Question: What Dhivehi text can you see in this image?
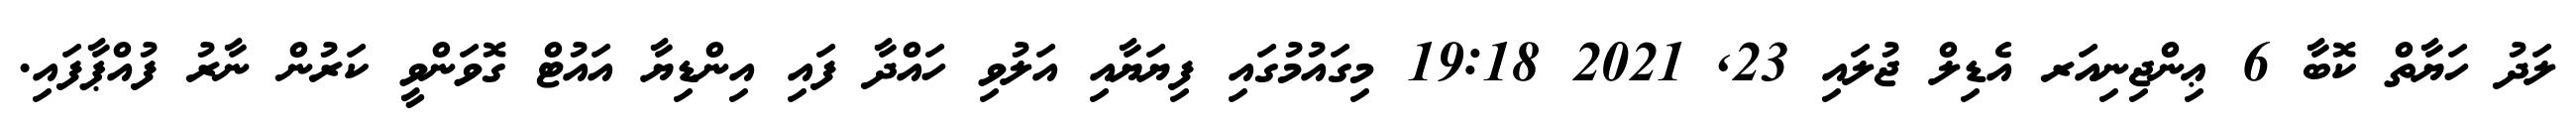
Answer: ލަދު ހަޔާތް ކޮބާ 6 ޢިންޖިނިއަރ އެޑިލް ޖުލައި 23, 2021 19:18 މިގައުމުގައި ފިޔަޔާއި އަލުވި ހައްދާ ފައި އިންޑިޔާ އައުޓް ގޮވަންވީ ކަރުން ނާރު ފުއްޕާފައި.